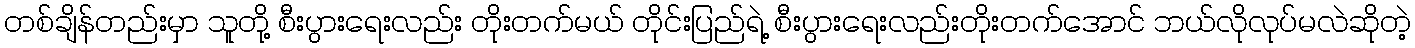
တစ်ချိန်တည်းမှာ သူတို့ စီးပွားရေးလည်း တိုးတက်မယ် တိုင်းပြည်ရဲ့ စီးပွားရေးလည်းတိုးတက်အောင် ဘယ်လိုလုပ်မလဲဆိုတဲ့